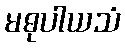
မဓုပါယသံ